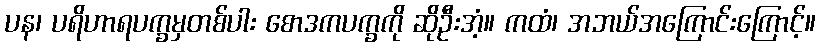
ပန၊ ပရိဟာရပက္ခမှတစ်ပါး စောဒကပက္ခကို ဆိုဦးအံ့။ ကထံ၊ အဘယ်အကြောင်းကြောင့်။